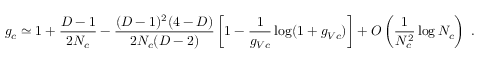
g _ { c } \simeq 1 + \frac { D - 1 } { 2 N _ { c } } - \frac { ( D - 1 ) ^ { 2 } ( 4 - D ) } { 2 N _ { c } ( D - 2 ) } \left[ 1 - \frac { 1 } { g _ { V c } } \log ( 1 + g _ { V c } ) \right] + O \left( \frac { 1 } { N _ { c } ^ { 2 } } \log N _ { c } \right) \ .